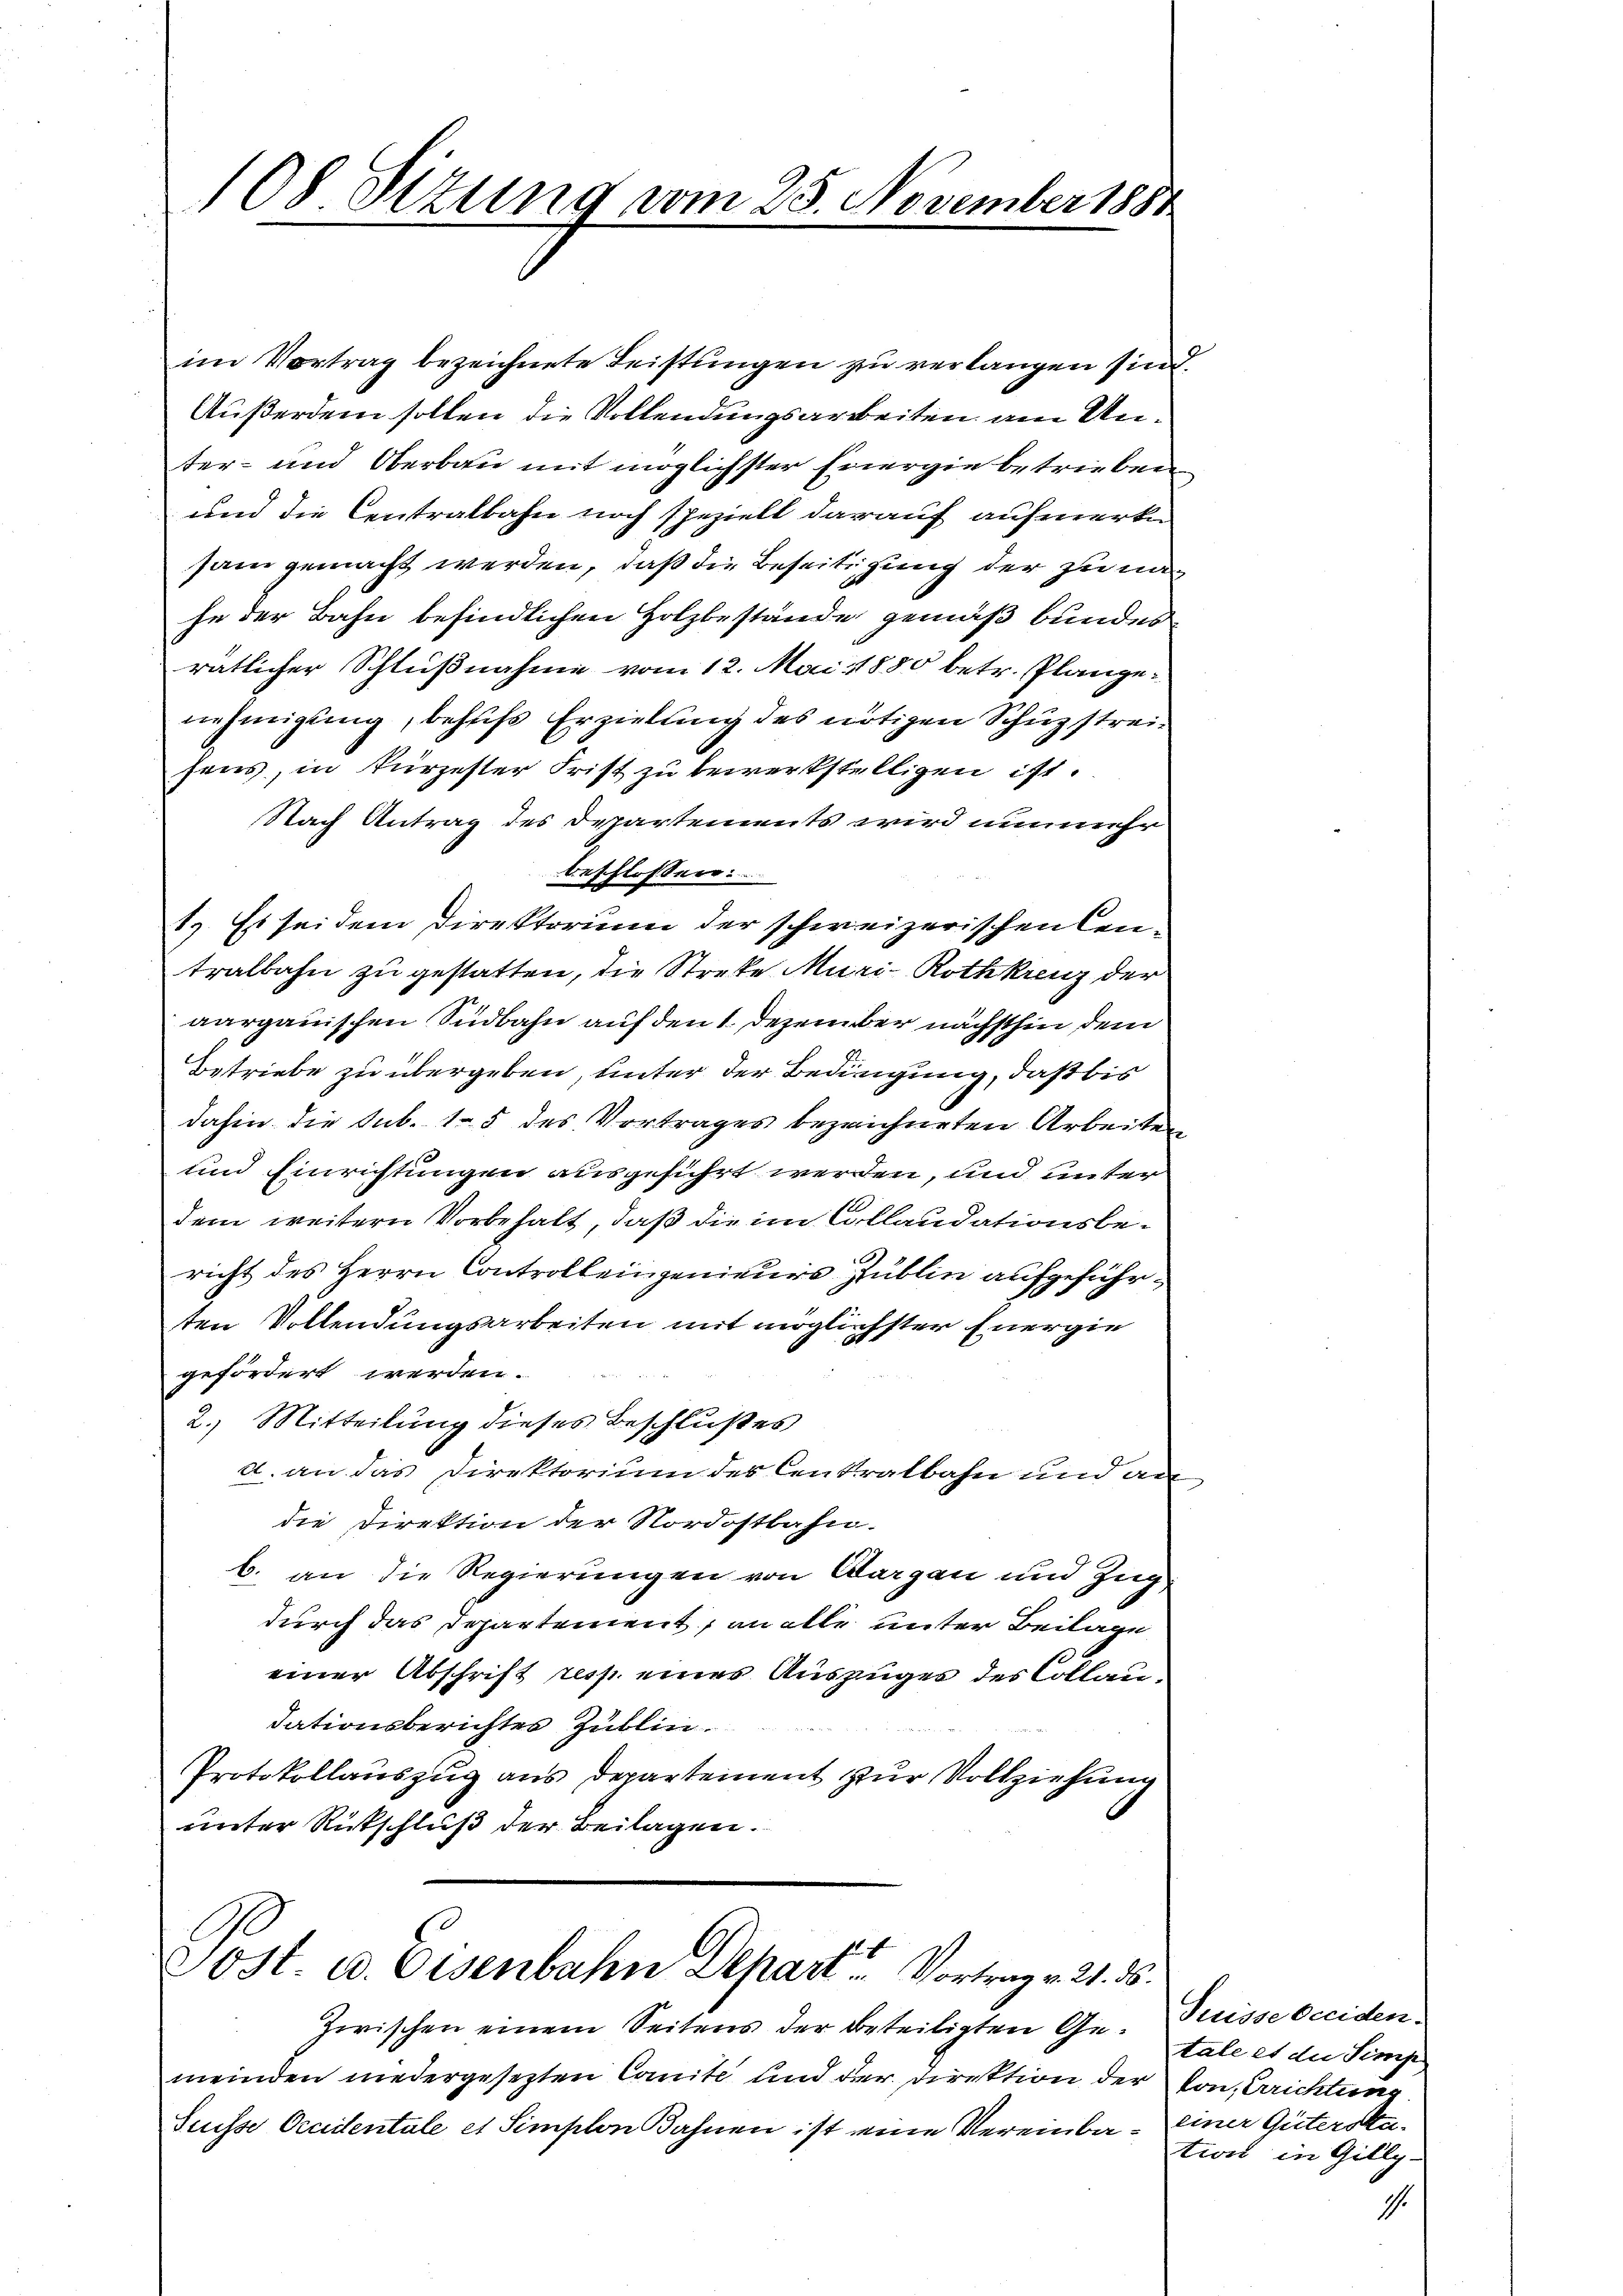
108 Sizung vom 25. November 188.

im Vortrag bezeichnete Leistungen zu verlangen sind.
Außerdem sollen die Vollendungsarbeiten am Unter- und Oberbau mit möglichster Energie betrieben
und die Centralbahn noch speziell darauf aufmerke
sam gemacht werden, daß die Beseitigung der zu nach
he der Bahn befindlichen Holzbestände gemäß bundes
rätlicher Schlußnahme vom 12. Mai 1880 betr. Plangenehmigung, behufs Erzielung des nötigen Schuzstreisens, in kürzester Frist zu bewerkstelligen ist.
Nach Antrag des Departements wird nunmehr
beschlossen.
1). Es sei dem Direktorium der schweizerischen Centralbahn zu gestatten, die Strebe Muri- Rothkreuz der
aargauischen Südbahn auf den 1. Dezember nächsthin dem
Betriebe zu übergeben, unter der Bedingung, daß bis
dahin die Sub. 15 des Vortrages bezeichneten Arbeiten
und Einrichtungen ausgeführt werden, und unter
dem weitern Vorbehalt, daß die im Collaudationsbericht des Herrn Controlleingenieurs Zublin aufgeführten Vollendungsarbeiten mit möglichster Energie
gefördert werden.
2.) Mitteilung dieses Beschlußes
d. an das Direktorium des Centralbahn und an
die Direktion der Nordostbahn.
b. an die Regierungen von Aargau und Zug
durch das Departement, an alle unter Beilage
einer Abschrift resp. eines Auszüger des Collaudationsberichtes Zublin.
Protokollauszug aus Departement zur Vollziehung
unter Rückschluß der Beilagen.

Sost. a. Eisenbahn Depart Vortrag v. 21. ds.

Zwischen einem Seitens der Beteiligten Ge- Puisse Occidenmeinden niedergesezten Comite und der Direktion der von Errichtung
Suisse Orientale et Simplon Bahnen ist eine Vereinba- einer Güterste¬

tale et die Simp
tion in Gilly-
.